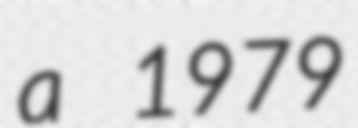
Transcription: a 1979